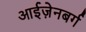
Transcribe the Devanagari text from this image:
आईज़ेनबर्ग